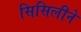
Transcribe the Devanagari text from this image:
सिसिलीने